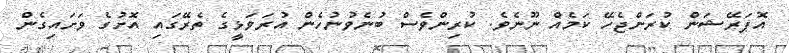
އޮޕަރޭޝަން ކުރަންޖެހޭ ކަމެއް ނޫނެވެ. ކުރިންވެސް ބުނެވުނުހެން އުރަވަޅީގެ ތެރޭގައި އޮށުގެ ވަށައިގެން